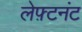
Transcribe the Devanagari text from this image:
लेफ़्टनंट